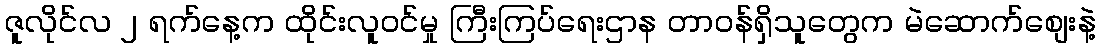
ဇူလိုင်လ ၂ ရက်နေ့က ထိုင်းလူ၀င်မှု ကြီးကြပ်ရေးဌာန တာ၀န်ရှိသူတွေက မဲဆောက်စျေးနဲ့